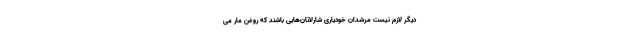
دیگر لازم نیست مرشدان خودیاری شارلاتان‌هایی باشند که روغن مار می‌